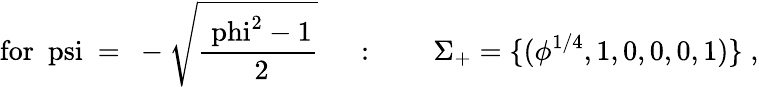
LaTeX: \mathrm{for~\ psi~=~-\sqrt{\frac{\ phi^{2}-1}{~2}}~}\quad:\qquad\Sigma_{+}=\{ (\phi^{1/4},1,0,0,0,1)\} \; ,